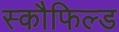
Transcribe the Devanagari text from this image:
स्कौफिल्ड